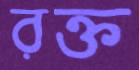
রক্ত